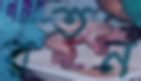
রতন